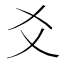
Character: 爻